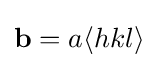
\mathbf {b} =a\langle hkl\rangle